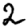
Digit: 2